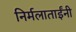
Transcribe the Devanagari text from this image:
निर्मलाताईंनी